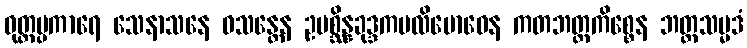
ဝုတ္တပ္ပကာရေ သေနာသနေ ဝသန္တေန ဥပစ္ဆိန္နခုဒ္ဒကပလိဗောဓေန ကတဘတ္တကိစ္စေန ဘတ္တသမ္မဒံ